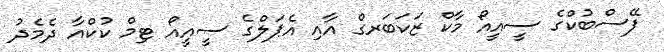
ފޭސްބުކްގެ ސީއީއޯ މާކް ޒަކަބަރގް އާއި އެޕަލްގެ ސީއީއޯ ޓިމް ކުކްއާ ދެމެދު